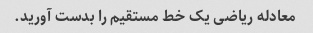
معادله ریاضی یک خط مستقیم را بدست آورید.